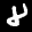
Label: 8